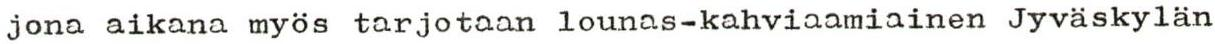
jona aikana myös tarjotaan lounas-kahviaamiainen Jyväskylän